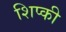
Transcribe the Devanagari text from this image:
शिप्की